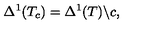
\Delta ^ { 1 } ( T _ { c } ) = \Delta ^ { 1 } ( T ) \backslash c ,